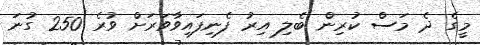
މީގެ ދެ މަސް ކުރިން ބެލި އިރު ފެނިފައިވާވަރަށް ވުރެ 250 ގުނަ